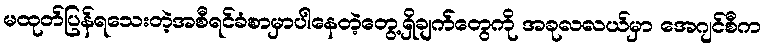
မထုတ်ပြန်ရသေးတဲ့အစီရင်ခံစာမှာပါနေတဲ့တွေ့ရှိချက်တွေကို အခုလလယ်မှာ အေဂျင်စီက